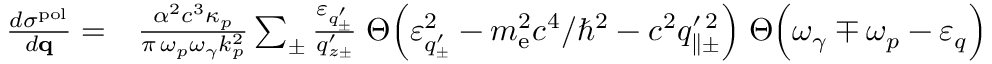
\begin{array} { r l } { \frac { d \sigma ^ { \mathrm { p o l } } } { d { \bf q } } = } & { { } \frac { \alpha ^ { 2 } c ^ { 3 } \kappa _ { p } } { \pi \, \omega _ { p } \omega _ { \gamma } k _ { p } ^ { 2 } } \sum _ { \pm } \frac { \varepsilon _ { q _ { \pm } ^ { \prime } } } { q _ { z \pm } ^ { \prime } } \; \Theta \Big ( \varepsilon _ { q _ { \pm } ^ { \prime } } ^ { 2 } - m _ { \mathrm { e } } ^ { 2 } c ^ { 4 } / \hbar ^ { 2 } - c ^ { 2 } q _ { \parallel \pm } ^ { \prime \, 2 } \Big ) \; \Theta \Big ( \omega _ { \gamma } \mp \omega _ { p } - \varepsilon _ { q } \Big ) } \end{array}